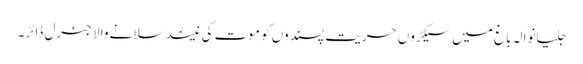
جلیانوالہ باغ میں سیکڑوں حریت پسندوں کو موت کی نیند سلانے والا جنرل ڈائر۔